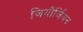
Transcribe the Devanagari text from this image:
जियौर्जियन